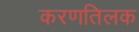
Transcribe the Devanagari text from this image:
करणतिलक